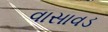
વાસાવડ